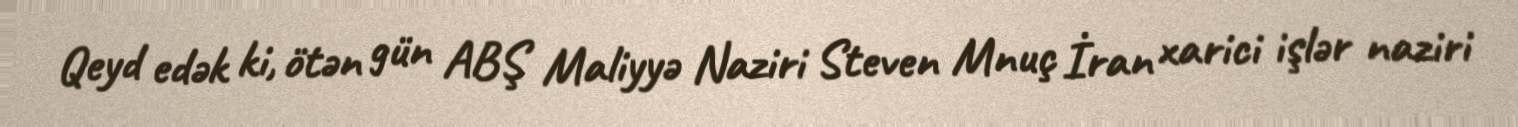
Qeyd edək ki, ötən gün ABŞ Maliyyə Naziri Steven Mnuç İran xarici işlər naziri